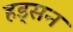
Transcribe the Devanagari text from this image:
हड्सन